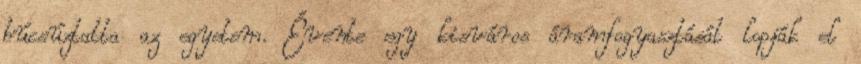
búcsúztatta az egyetem. Évente egy kisváros áramfogyasztását lopják el